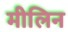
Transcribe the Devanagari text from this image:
मीलिन